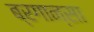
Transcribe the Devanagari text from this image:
ब्रगान्सा